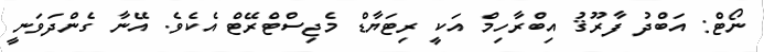
ނޯޓް: އަބްދު ފާރޫޤު އިބްރާހިމް އަކީ ރިޓަޔާޑް މެޖިސްޓްރޭޓް އެކެވެ. އޭނާ ގެންދަވަނީ